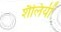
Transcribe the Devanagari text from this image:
शैलियीं